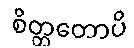
စိတ္တတောပိ